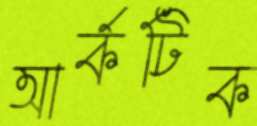
আর্কটিক